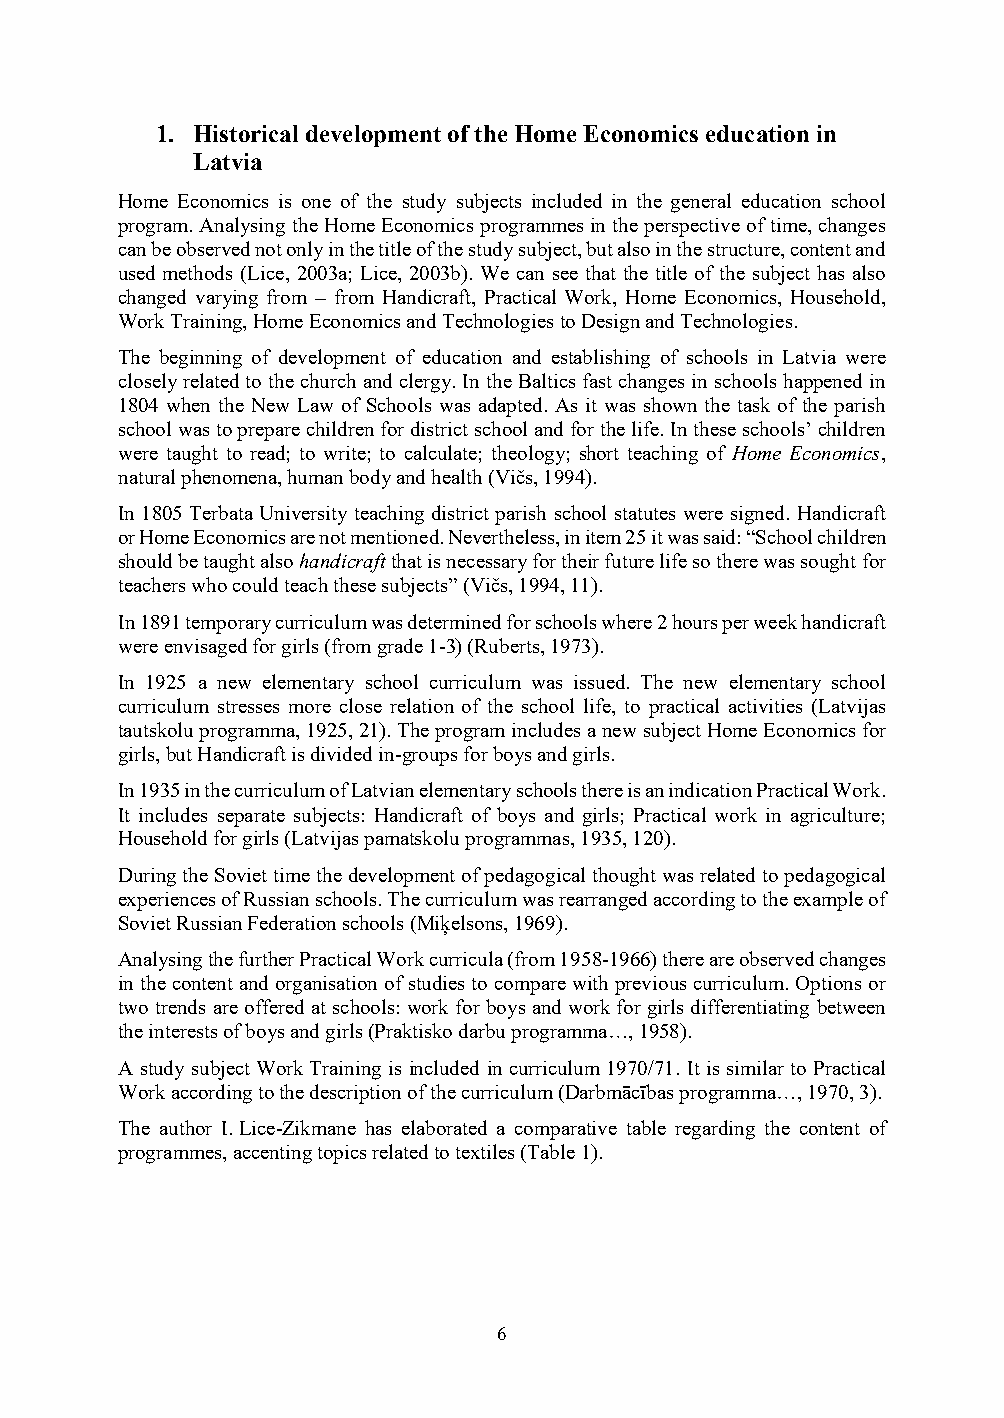
1. Historical development of the Home Economics education in
 Latvia
 Home Economics is one of the study subjects included in the general education school
 program. Analysing the Home Economics programmes in the perspective of time, changes
 can be observed not only in the title of the study subject, but also in the structure, content and
 used methods (Lice, 2003a; Lice, 2003b). We can see that the title of the subject has also
 changed varying from – from Handicraft, Practical Work, Home Economics, Household,
 Work Training, Home Economics and Technologies to Design and Technologies.
 The beginning of development of education and establishing of schools in Latvia were
 closely related to the church and clergy. In the Baltics fast changes in schools happened in
 1804 when the New Law of Schools was adapted. As it was shown the task of the parish
 school was to prepare children for district school and for the life. In these schools’ children
 were taught to read; to write; to calculate; theology; short teaching of Home Economics,
 natural phenomena, human body and health (Vičs, 1994).
 In 1805 Terbata University teaching district parish school statutes were signed. Handicraft
 or Home Economics are not mentioned. Nevertheless, in item 25 it was said: “School children
 should be taught also handicraft that is necessary for their future life so there was sought for
 teachers who could teach these subjects” (Vičs, 1994, 11).
 In 1891 temporary curriculum was determined for schools where 2 hours per week handicraft
 were envisaged for girls (from grade 1-3) (Ruberts, 1973).
 In 1925 a new elementary school curriculum was issued. The new elementary school
 curriculum stresses more close relation of the school life, to practical activities (Latvijas
 tautskolu programma, 1925, 21). The program includes a new subject Home Economics for
 girls, but Handicraft is divided in-groups for boys and girls.
 In 1935 in the curriculum of Latvian elementary schools there is an indication Practical Work.
 It includes separate subjects: Handicraft of boys and girls; Practical work in agriculture;
 Household for girls (Latvijas pamatskolu programmas, 1935, 120).
 During the Soviet time the development of pedagogical thought was related to pedagogical
 experiences of Russian schools. The curriculum was rearranged according to the example of
 Soviet Russian Federation schools (Miķelsons, 1969).
 Analysing the further Practical Work curricula (from 1958-1966) there are observed changes
 in the content and organisation of studies to compare with previous curriculum. Options or
 two trends are offered at schools: work for boys and work for girls differentiating between
 the interests of boys and girls (Praktisko darbu programma…, 1958).
 A study subject Work Training is included in curriculum 1970/71. It is similar to Practical
 Work according to the description of the curriculum (Darbmācības programma…, 1970, 3).
 The author I. Lice-Zikmane has elaborated a comparative table regarding the content of
 programmes, accenting topics related to textiles (Table 1).
 6